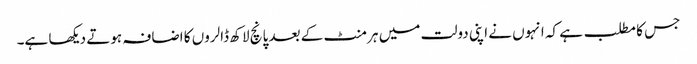
جس کا مطلب ہے کہ انہوں نے اپنی دولت میں ہر منٹ کے بعد پانچ لاکھ ڈالروں کا اضافہ ہوتے دیکھا ہے۔